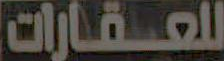
للعقارات